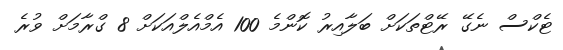
ޓެކްސް ނެގޭ ރޭޓްތަކަށް ބަލާއިރު ކޮންމެ 100 އެމްއެލްއަކަށް 8 ގްރާމަށް ވުރެ